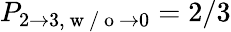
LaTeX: P_{2\to 3,\mathrm{~w~/~o~}\to 0}=2/3